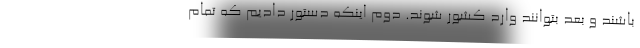
باشند و بعد بتوانند وارد کشور شوند. دوم اینکه دستور دادیم که تمام